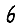
Digit: 6